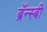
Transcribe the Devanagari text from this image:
ब्रॅन्स्बी